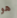
هو